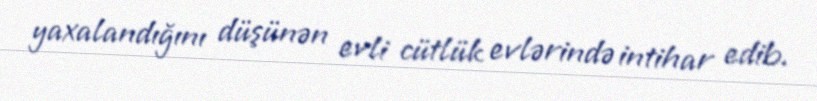
yaxalandığını düşünən evli cütlük evlərində intihar edib.